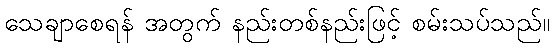
သေချာစေရန် အတွက် နည်းတစ်နည်းဖြင့် စမ်းသပ်သည်။